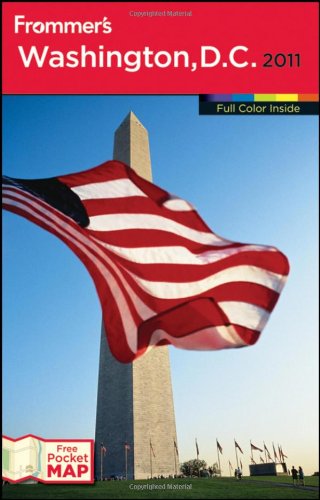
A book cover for Frommer's Washington, D.C. 2011 (Frommer's Color Complete); Elise H. Ford; Travel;